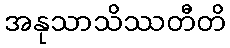
အနုသာသိဿတီတိ